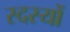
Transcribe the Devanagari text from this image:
स्दस्यों